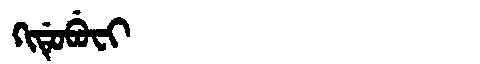
Manchu: ᡴᡳᡩᡠᠪᡠᠸᡳ
Romanization: KIDUBUFI